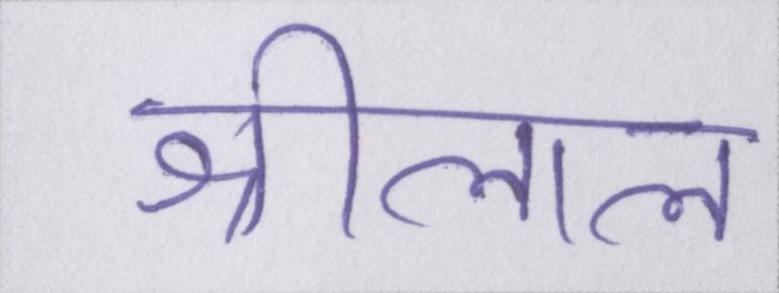
श्रीलाल